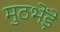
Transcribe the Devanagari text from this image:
मुठभेंड़े